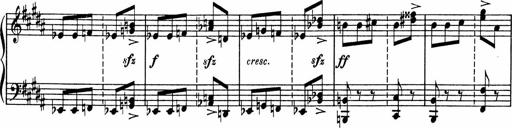
Title: Sonatine pour piano
Composer: Albert Roussel